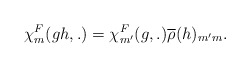
\begin{align*}{\chi}^F_m(gh,.) = {\chi}^F_{m'}(g,.) \overline{\rho}(h)_{m'm}.\end{align*}